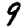
Digit: 9